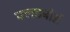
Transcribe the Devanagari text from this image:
फ्लडबोर्ड